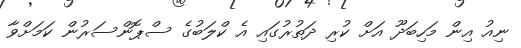
ނިއު އިން މަހިބަދޫ އަށް ކުރި ދަތުރުގައި އެ ކްލަބުގެ ސްޕޮންސަރުން ކަމަށްވާ